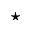
\star